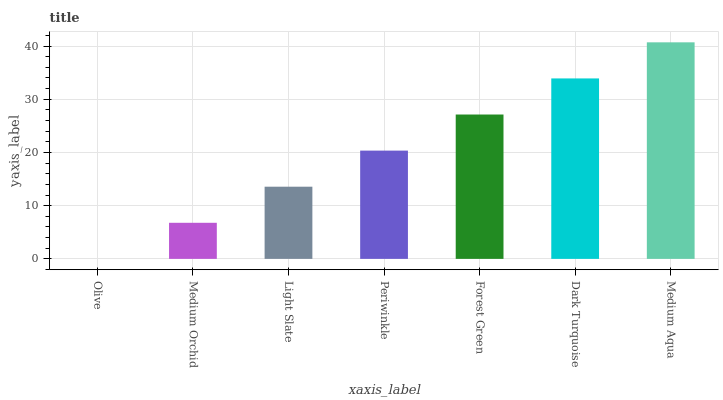
| xaxis_label | bars |
 | --- | --- |
 | Olive | 0 |
 | Medium Orchid | 6.78 |
 | Light Slate | 13.6 |
 | Periwinkle | 20.4 |
 | Forest Green | 27.1 |
 | Dark Turquoise | 33.9 |
 | Medium Aqua | 40.7 |